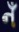
નઁ